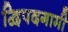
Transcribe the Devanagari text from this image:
द्विपदगामी